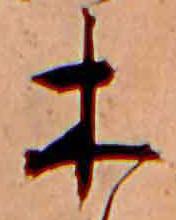
木